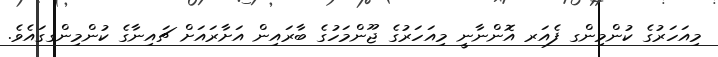
މިއަހަރުގެ ކުންމިންގ ފެއަރ އޮންނާނީ މިއަހަރުގެ ޖޫންމަހުގެ ބާރައިން އަށާރައަށް ޗައިނާގެ ކުންމިންގގައެވެ.